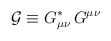
\begin{align*}{\cal G}\equiv G_{\mu\nu}^\ast\,G^{\mu\nu}\end{align*}